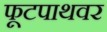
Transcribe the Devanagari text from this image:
फूटपाथवर